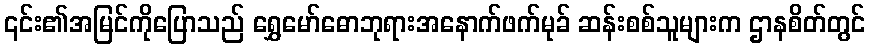
၎င်း၏အမြင်ကိုပြောသည် ရွှေမော်ဓောဘုရားအနောက်ဖက်မုခ် ဆန်းစစ်သူများက ဌာနစိတ်တွင်